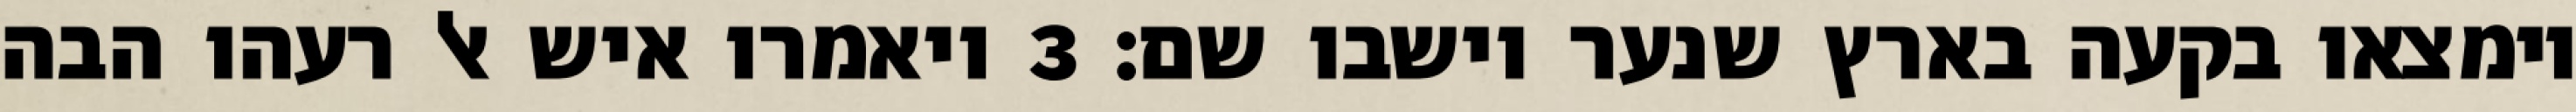
וימצאו בקעה בארץ שנער וישבו שם׃ ‎3‏ ויאמרו איש אל רעהו הבה